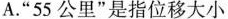
A.”55公里”是指位移大小